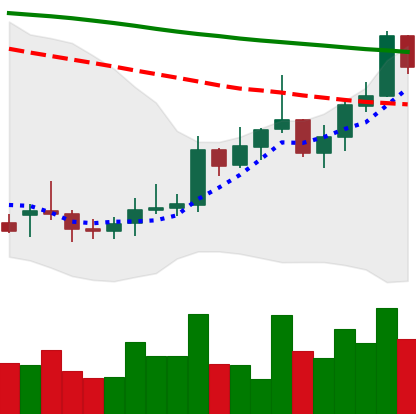
Ticker: XMR-USD
Chart end date: 2022-01-02
Forward return: -18.741%
Label: down_7plus